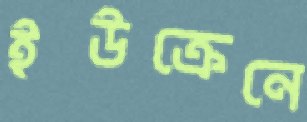
ইউক্রেনে